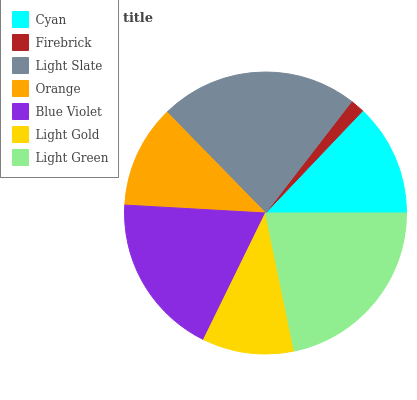
| Cyan | Firebrick | Light Slate | Orange | Blue Violet | Light Gold | Light Green |
 | --- | --- | --- | --- | --- | --- | --- |
 | 12.9% | 1.64% | 22.8% | 11.8% | 18.6% | 10.5% | 21.8% |